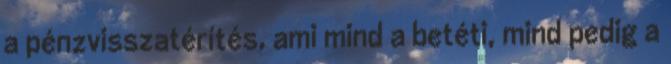
a pénzvisszatérítés, ami mind a betéti, mind pedig a